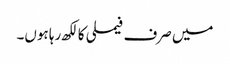
میں صرف فیملی کا لکھ رہا ہوں۔